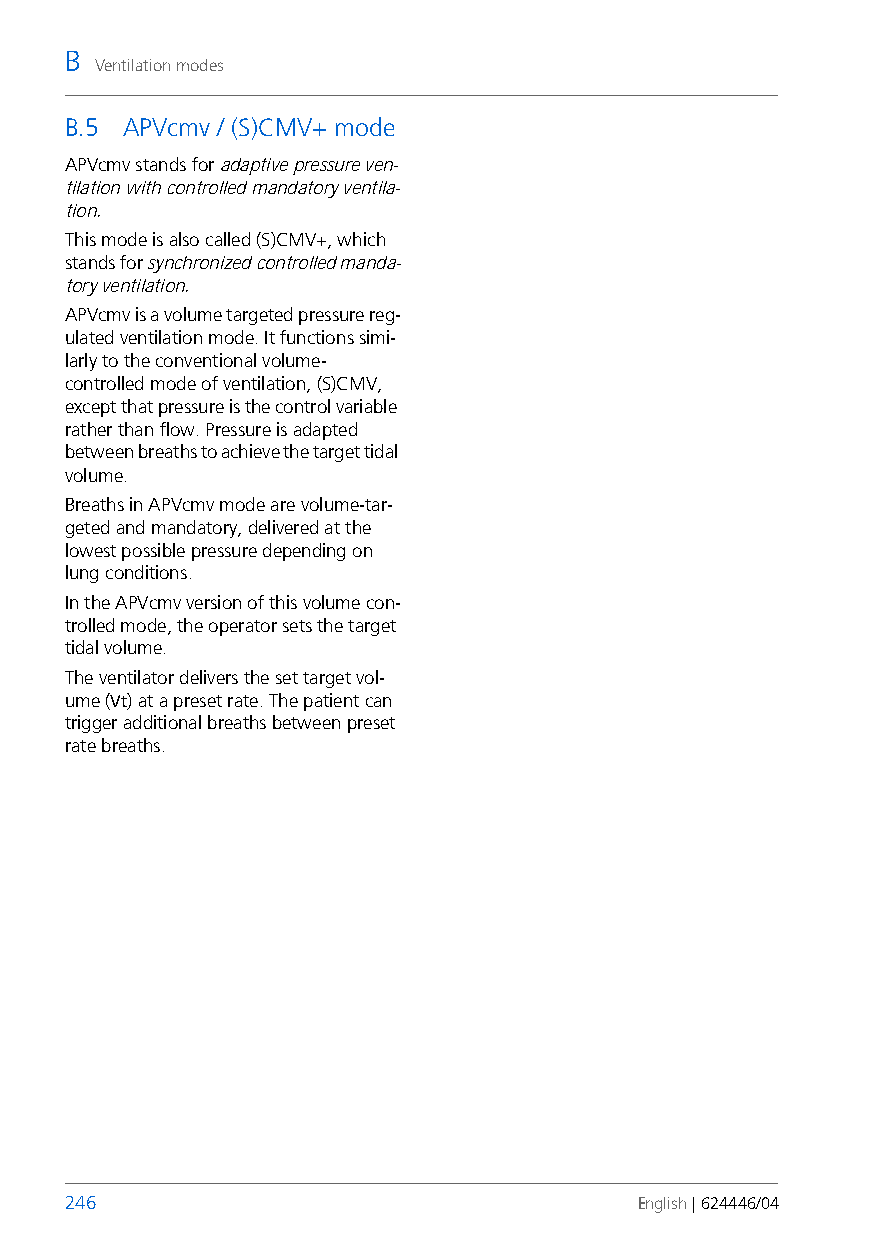
B
 Ventilation modes
 B.5 APVcmv / (S)CMV+ mode
 APVcmv stands for adaptive pressure ven-
 tilation with controlled mandatory ventila-
 tion.
 This mode is also called (S)CMV+, which
 stands for synchronized controlled manda-
 tory ventilation.
 APVcmv is a volume targeted pressure reg-
 ulated ventilation mode. It functions simi-
 larly to the conventional volume-
 controlled mode of ventilation, (S)CMV,
 except that pressure is the control variable
 rather than flow. Pressure is adapted
 between breaths to achieve the target tidal
 volume.
 Breaths in APVcmv mode are volume-tar-
 geted and mandatory, delivered at the
 lowest possible pressure depending on
 lung conditions.
 In the APVcmv version of this volume con-
 trolled mode, the operator sets the target
 tidal volume.
 The ventilator delivers the set target vol-
 ume (Vt) at a preset rate. The patient can
 trigger additional breaths between preset
 rate breaths.
 246                                   English | 624446/04